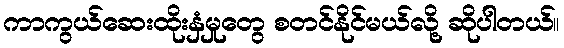
ကာကွယ်ဆေးထိုးနှံမှုတွေ စတင်နိုင်မယ်လို့ ဆိုပါတယ်။